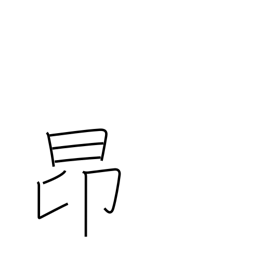
Meaning: rise